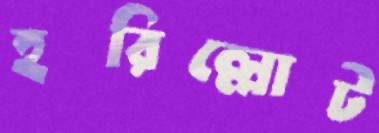
হরিল্লোট